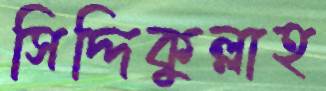
সিদ্দিকুল্লাহ